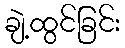
ချဲ့ထွင်ခြင်း